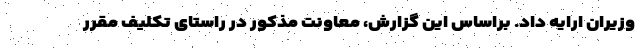
وزیران ارایه داد. براساس این گزارش، معاونت مذکور در راستای تکلیف مقرر